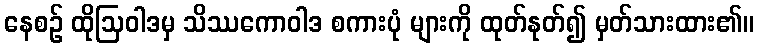
နေစဉ် ထိုဩဝါဒမှ သိဿကောဝါဒ စကားပုံ များကို ထုတ်နုတ်၍ မှတ်သားထား၏။